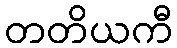
တတိယကီ